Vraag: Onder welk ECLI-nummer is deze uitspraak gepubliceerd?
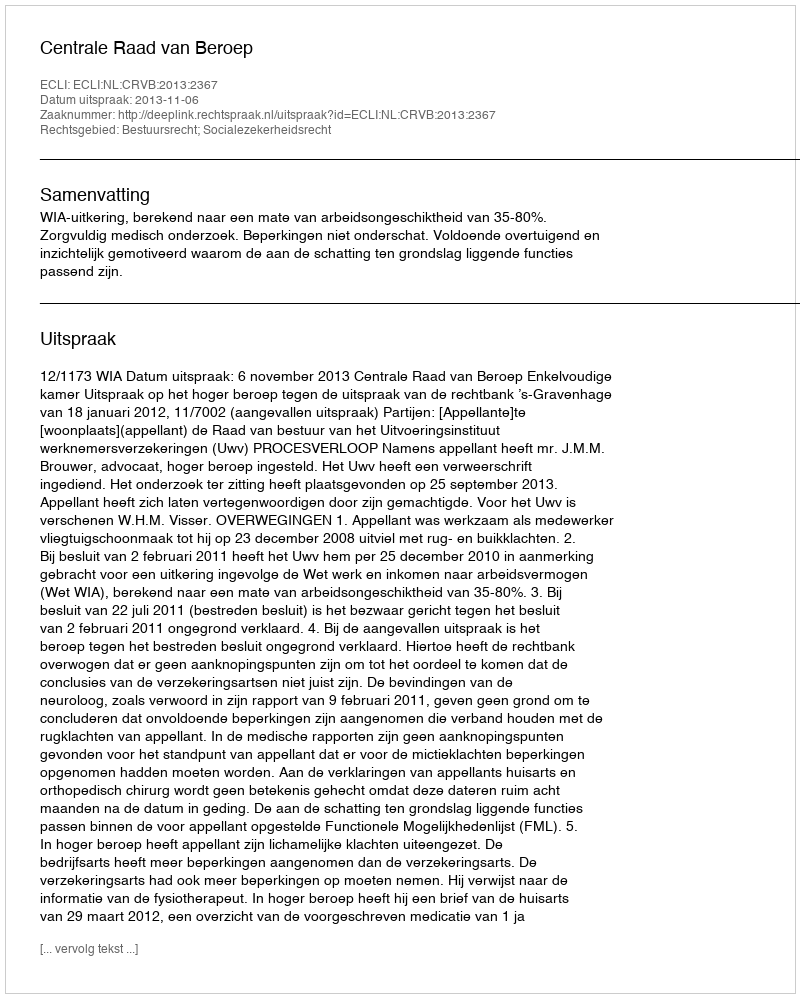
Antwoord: ECLI:NL:CRVB:2013:2367